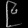
Digit: ၉